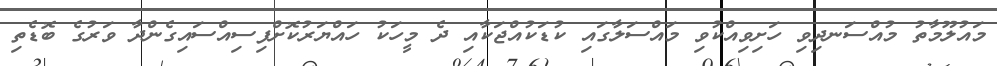
މައުލޫމާތު މުއްސަނދިވި ހަށިވިއްކުވި މައްސަލާގައި ކުޑަކުއްޖަކާއި ދެ މީހަކު ހައްޔަރުކޮށްފިސިއްސައިގެންދާ ވަރުގެ ބޮޑެތި